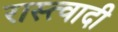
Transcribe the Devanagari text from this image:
रास्त्वादी